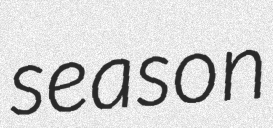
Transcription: season